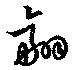
翮